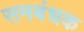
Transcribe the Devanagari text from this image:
समबंधक